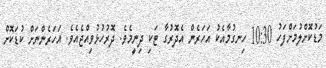
މަޑުކޮށްލުމަށްފަހު 10:30 ހިނގުމާއެކު އަހަރެން އެދޮރުގާ ޓަކި ދިނީމެވެ. ދޮރުހުޅުވިއްޖެއެވެ. އަހަރެންނަށް ކުޑަކޮށް